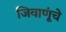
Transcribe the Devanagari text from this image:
जिवाणूंचे